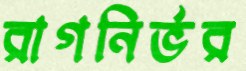
রাগনির্ভর